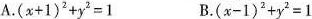
A.$$( x + 1 ) ^ { 2 } + y ^ { 2 } = 1$$ B.$$( x - 1 ) ^ 2 + y ^ { 2 } = 1$$